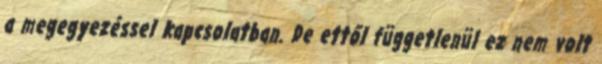
a megegyezéssel kapcsolatban. De ettől függetlenül ez nem volt